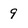
Character: 9